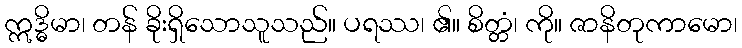
ဣဒ္ဓိမာ၊ တန် ခိုးရှိသောသူသည်။ ပရဿ၊ ၏။ စိတ္တံ၊ ကို။ ဇာနိတုကာမော၊